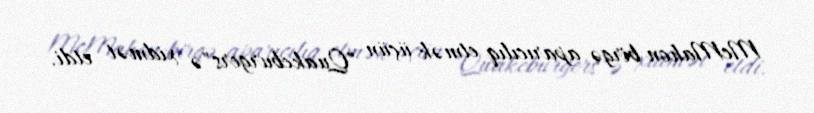
McMahon birgə aparıcılıq etmək üçün "Quakeburgers"ə xidmət etdi.